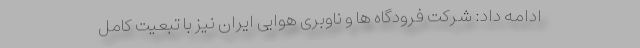
ادامه داد: شرکت فرودگاه ها و ناوبری هوایی ایران نیز با تبعیت کامل